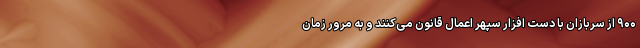
۹۰۰ از سربازان با دست افزار سپهر اعمال قانون می‌کنند و به مرور زمان